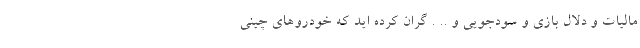
مالیات و دلال بازی و سودجویی و .. . گران کرده اید که خودروهای چینی